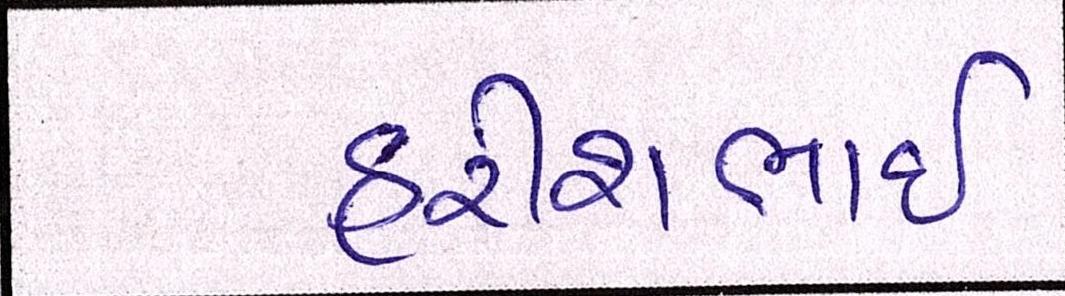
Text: હરીશભાઈ